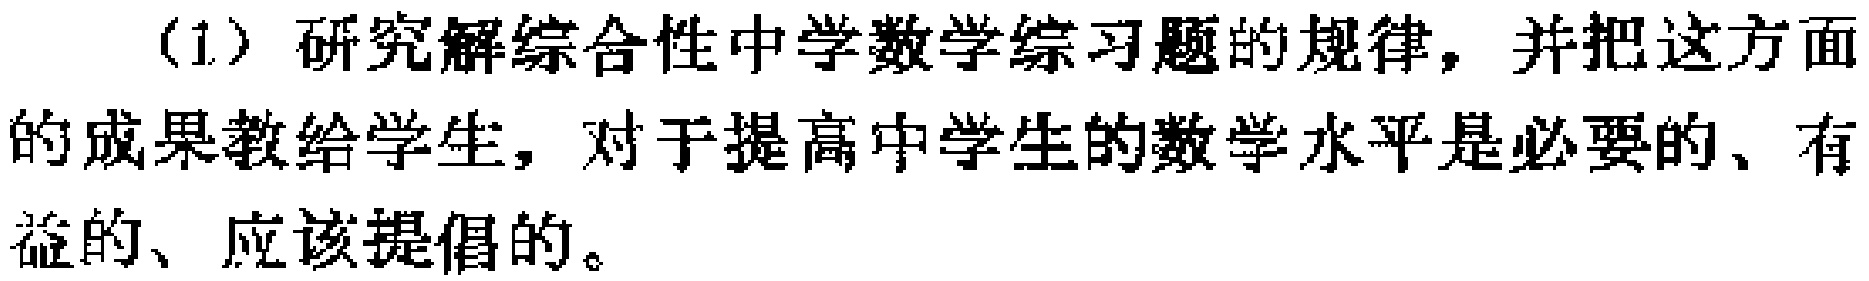
(1) 研究解综合性中学数学综习题的规律，并把这方面的成果教给学生，对于提高中学生的数学水平是必要的、有益的、应该提倡的。